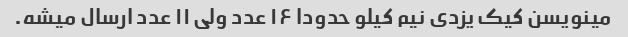
مینویسن کیک یزدی نیم کیلو حدودا ۱۶ عدد ولی ۱۱ عدد ارسال میشه.